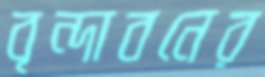
বৃন্দাবনের